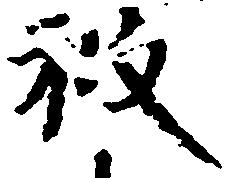
被